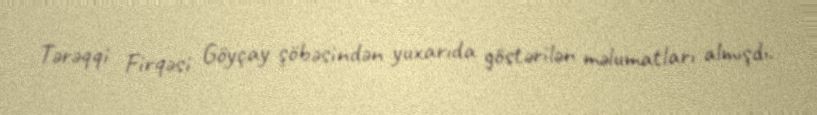
Tərəqqi Firqəsi Göyçay şöbəsindən yuxarıda göstərilən məlumatları almışdı.